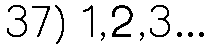
37) 1,2,3...